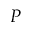
P